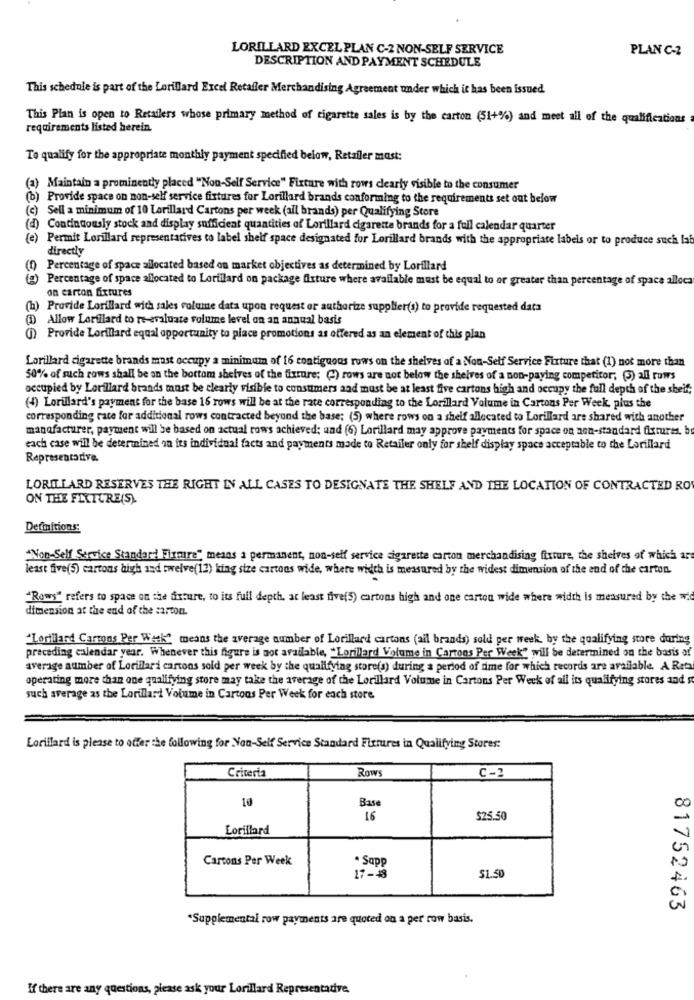
LORILLARD EXCEL PLAN C-2 NON-SELF SERVICE
PLAN C-2
DESCRIPTION AND PAYMENT SCHEDULE
This schedule is part of the Lorillard Excel Retailer Merchandising Agreement under which it has been issued
This Plan is open to Retailers whose primary method of cigarette sales is by the carton (51+%) and meet all of the qualifications
requirements listed herein.
To qualify for the appropriate monthly payment specified below, Retailer mast:
(a) Maintain a prominently placed "Non-Self Service" Fixture with rows clearly visible to the consumer
(b) Provide space on non-self service fixtures for Lorillard brands conforming to the requirements set out below
(c) Sell a minimum of 10 Larillard Cartons per week (all brands) per Qualifying Store
(d) Continuously stock and display sufficient quantities of Lorillard cigarette brands for a full calendar quarter
(e) Permit Lorillard representatives to label shelf space designated for Lorillard brands with the appropriate labels or to produce such lat
directly
(1) Percentage of space allocated based on market objectives as determined by Lorillard
(g) Percentage of space allocated to Lorillard on package fixture where available must be equal to or greater than percentage of space alloca
on carton fixtures
(b) Provide Lorillard with sales volume data upon request or authorize supplier(s) to provide requested data
Allow Lorfilard to re-evaluate volume level on an annual basis
(1) Provide Lorillard equal opportunity to place promotions as offered as an element of this plan
Lorillard cigarette brands mast occupy a minimum of 16 contiguous rows on the shelves of a Non-Self Service Fixture that (1) not more than
50% of such rows shall be on the bottom shelves of the fixture; () rows are not below the shelves of a non-paying competitor; (3) all rows
occupied by Lorillard brands must be clearly visible to consumers and must be at least five cartons high and occupy the full depth of the shelf;
(4) Lorillard's payment for the base 16 rows will be at the rate corresponding to the Lorillard Volume in Cartons Per Week, plus the
corresponding rate for additional rows contracted beyond the base; (5) where rows on a shelf allocated to Lorillard are shared with another
manufacturer, payment will be based on actual rows achieved; und (6) Lorillard may approve payments for space on non-standard fixtures. bu
each case will be determined in its individual facts and payments made to Retailer only for shelf display space acceptable to the Lorillard
Representative.
LORILLARD RESERVES THE RIGHT IN ALL CASES TO DESIGNATE THE SHELF AND THE LOCATION OF CONTRACTED RO
ON THEE FIXTURE(S)
Definitions:
"Non-Self Service Standard Fixmire", means a permanent, non-self service cigarette carton merchandising fixture, the shelves of which are
least five(5) cartons high and twelve(12) king size cartons wide, where width is measured by the widest dimension of the end of the carton.
"Rows" refers to space on the fixture, to its full depth, at least five(5) cartons high and one carton wide where width is measured by the wid
dimension at the end of the :art0m.
"Lorillard Cartons Per Week" means the average number of Lorillard cartons (all brands) sold per week, by the qualifying store during
preceding calendar year. Whenever this figure is not available, "Lorillard Volume in Cartons Per Week" will be determined on the basis of
average number of Lorillari cartons sold per week by the quailfying store(s) during a period of time for which records are available. A Rets
operating more than one qualifying store may take the average of the Lorillard Volume in Cartons Per Week of all its qualifying stores and st
such average as the Lorillard Volume in Cartons Per Week for each store
Lorillard is please to offer the following for Non-Self Service Standard Fixtures in Qualifying Stores:
Criteria
Rows
C-2
10
Base
16
$25.50
Lorillard
Cartons Per Week
* Sapp
17-48
$1.50
81752463
*Supplemental row payments are quoted ou a per row basis.
If there are any questions, please ask your Lorillard Representative,